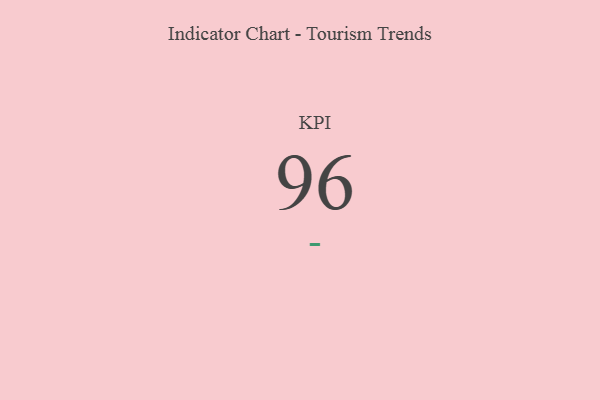
{"axis": {"x": "KPI", "y": "Value"}, "legend": [""], "data": [{"x": "KPI", "y": 96, "type": ""}]}